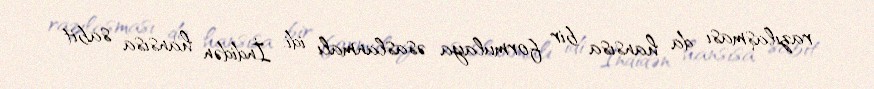
razılaşması da hansısa bir formulaya əsaslanmalı idi. İndidən hansısa sabit